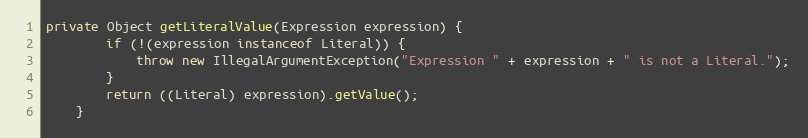
Language: Java
private Object getLiteralValue(Expression expression) {
		if (!(expression instanceof Literal)) {
			throw new IllegalArgumentException("Expression " + expression + " is not a Literal.");
		}
		return ((Literal) expression).getValue();
	}